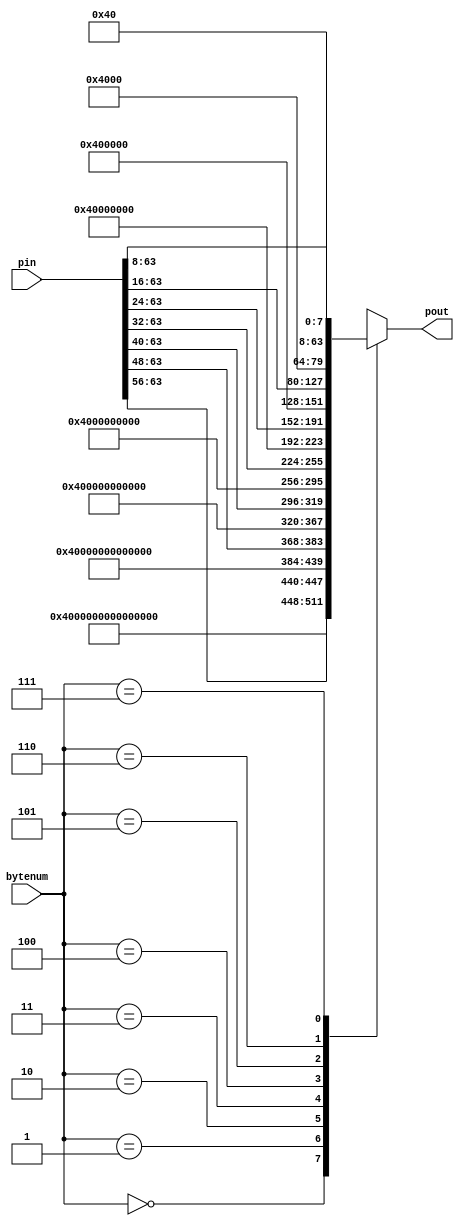
`timescale 1ns / 1ps
//////////////////////////////////////////////////////////////////////////////////
// Company: 
// Engineer: 
// 
// Design Name: 
// Module Name:    padder 
// Project Name: 
// Target Devices: 
// Tool versions: 
// Description: 
//
// Dependencies: 
//
// Revision: 
// Revision 0.01 - File Created
// Additional Comments: 
//
//////////////////////////////////////////////////////////////////////////////////
module padder(
    input [63:0] pin,
    input [2:0] bytenum,
    output reg [63:0] pout
    );
always@(pin,bytenum)
begin
case(bytenum)
0:pout={1'b0,1'b1,62'b0};
1:pout={pin[63:56],1'b0,1'b1,54'b0};
2:pout={pin[63:48],1'b0,1'b1,46'b0};
3:pout={pin[63:40],1'b0,1'b1,38'b0};
4:pout={pin[63:32],1'b0,1'b1,30'b0};
5:pout={pin[63:24],1'b0,1'b1,22'b0};
6:pout={pin[63:16],1'b0,1'b1,14'b0};
7:pout={pin[63:8],1'b0,1'b1,6'b0};
endcase
end
endmodule